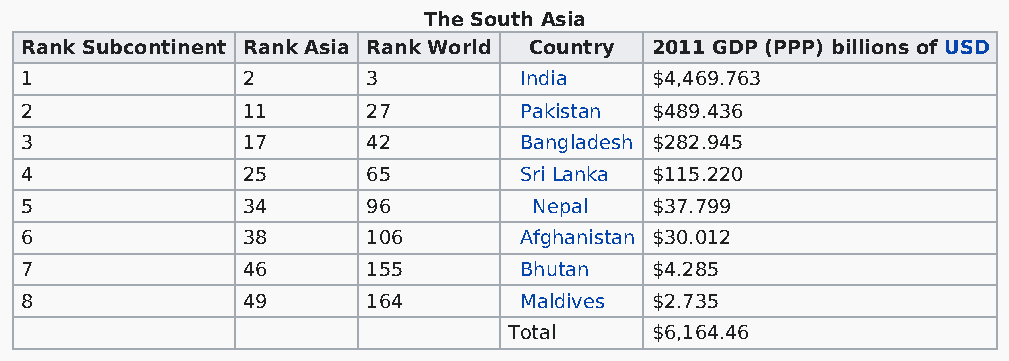
The South Asia
 Rank Subcontinent Rank Asia Rank World Country 2011 GDP (PPP) billions of USD
 1              2       3         India    $4,469.763
 2              11      27        Pakistan $489.436
 3              17      42        Bangladesh $282.945
 4              25      65        Sri Lanka $115.220
 5              34      96         Nepal   $37.799
 6              38      106       Afghanistan $30.012
 7              46      155       Bhutan   $4.285
 8              49      164       Maldives $2.735
 Total    $6,164.46